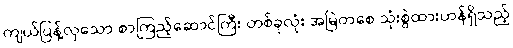
ကျယ်ပြန့်လှသော စာကြည့်ဆောင်ကြီး တစ်ခုလုံး အမြဲတစေ သုံးစွဲထားဟန်ရှိသည့်